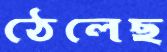
ঠেলেছ